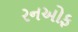
રનઓફ